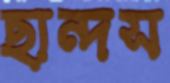
ছান্দস